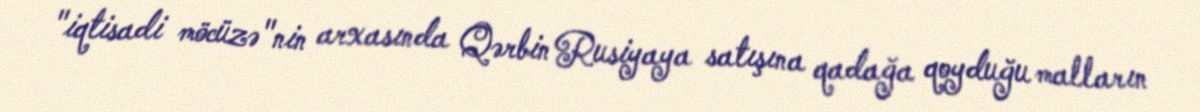
"iqtisadi möcüzə"nin arxasında Qərbin Rusiyaya satışına qadağa qoyduğu malların